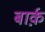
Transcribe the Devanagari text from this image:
बार्क़